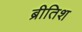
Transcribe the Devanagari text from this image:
ब्रीतिश